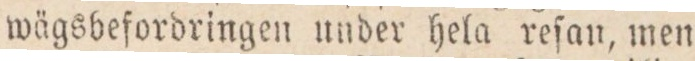
wägsbefordringen under hela reſan, men